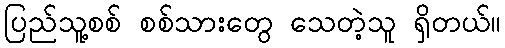
ပြည်သူ့စစ် စစ်သားတွေ သေတဲ့သူ ရှိတယ်။